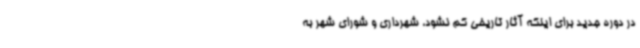
در دوره جدید برای اینکه آثار تاریخی کم نشود، شهرداری و شورای شهر به